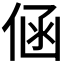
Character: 𮯾